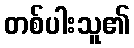
တစ်ပါးသူ၏